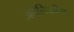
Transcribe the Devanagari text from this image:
अहेलिकीय